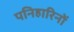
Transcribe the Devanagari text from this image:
पनिहारिनों